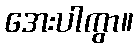
အေးပါကွာ။